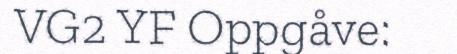
VG2 YF Oppgåve: